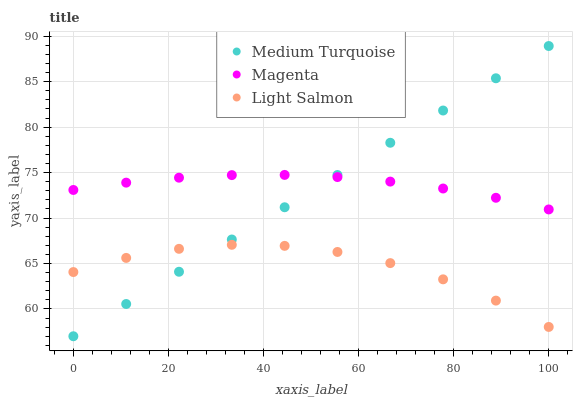
| xaxis_label | Medium Turquoise | Magenta | Light Salmon |
 | --- | --- | --- | --- |
 | 0 | 57 | 73.1 | 64.1 |
 | 11.1 | 60.5 | 73.9 | 65.6 |
 | 22.2 | 64.1 | 74.4 | 66.6 |
 | 33.3 | 67.6 | 74.7 | 67.1 |
 | 44.4 | 71.2 | 74.7 | 66.9 |
 | 55.6 | 74.7 | 74.5 | 66.3 |
 | 66.7 | 78.3 | 74 | 65 |
 | 77.8 | 81.8 | 73.3 | 63.3 |
 | 88.9 | 85.4 | 72.2 | 60.9 |
 | 100 | 88.9 | 70.9 | 58 |